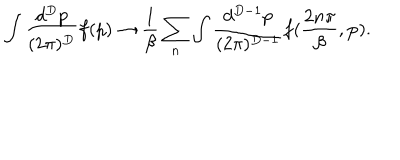
LaTeX: \int \frac { d ^ { D } p } { ( 2 \pi ) ^ { D } } f ( p ) \rightarrow \frac { 1 } { \beta } \sum _ { n } \int \frac { d ^ { D - 1 } p } { ( 2 \pi ) ^ { D - 1 } } f ( \frac { 2 n \pi } { \beta } , { \bf p } ) .